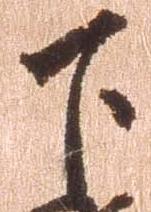
下